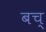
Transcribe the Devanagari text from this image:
बच्